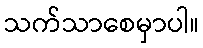
သက်သာစေမှာပါ။